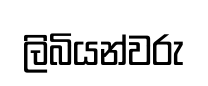
ලිබියන්වරු